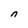
Character: n